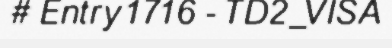
# Entry 1716 - TD2_VISA